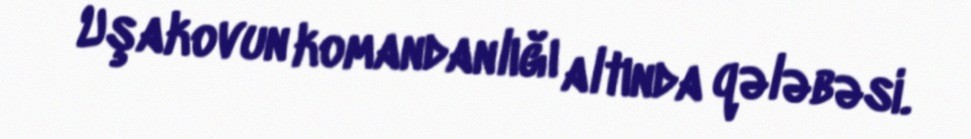
Uşakovun komandanlığı altında qələbəsi.